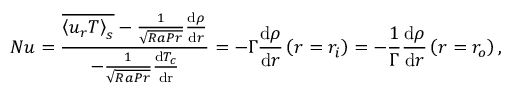
N u = \frac { \overline { { \left\langle u _ { r } T \right\rangle _ { s } } } - \frac { 1 } { \sqrt { R a P r } } \frac { \mathrm { d } \rho } { \mathrm { d } r } } { - \frac { 1 } { \sqrt { R a P r } } \frac { \mathrm { d } T _ { c } } { \mathrm { d r } } } = - \Gamma \frac { \mathrm { d } \rho } { \mathrm { d } r } \left( r = r _ { i } \right) = - \frac { 1 } { \Gamma } \frac { \mathrm { d } \rho } { \mathrm { d } r } \left( r = r _ { o } \right) ,